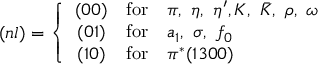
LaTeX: ( n l ) = \left\{ \begin{array} { c c l } { { ( 0 0 ) } } & { { \mathrm { f o r } } } & { { \pi , ~ \eta , ~ \eta ^ { \prime } , K , ~ \bar { K } , ~ \rho , ~ \omega } } \\ { { ( 0 1 ) } } & { { \mathrm { f o r } } } & { { a _ { 1 } , ~ \sigma , ~ f _ { 0 } } } \\ { { ( 1 0 ) } } & { { \mathrm { f o r } } } & { { \pi ^ { * } ( 1 3 0 0 ) } } \end{array} \right.